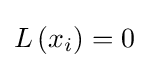
L\left(x_{i}\right)=0